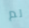
لم